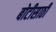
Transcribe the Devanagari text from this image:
बोटीसाठी